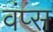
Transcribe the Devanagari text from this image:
वंप्स